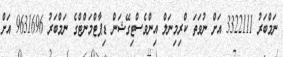
ނަމްބަރު 3322111 އަށް ނުވަތަ ކްރިމިނަލް އިންވެސްޓިގޭޝަން ޑިޕާޓްމަންޓްގެ ނަމްބަރު 9631696 އަށް